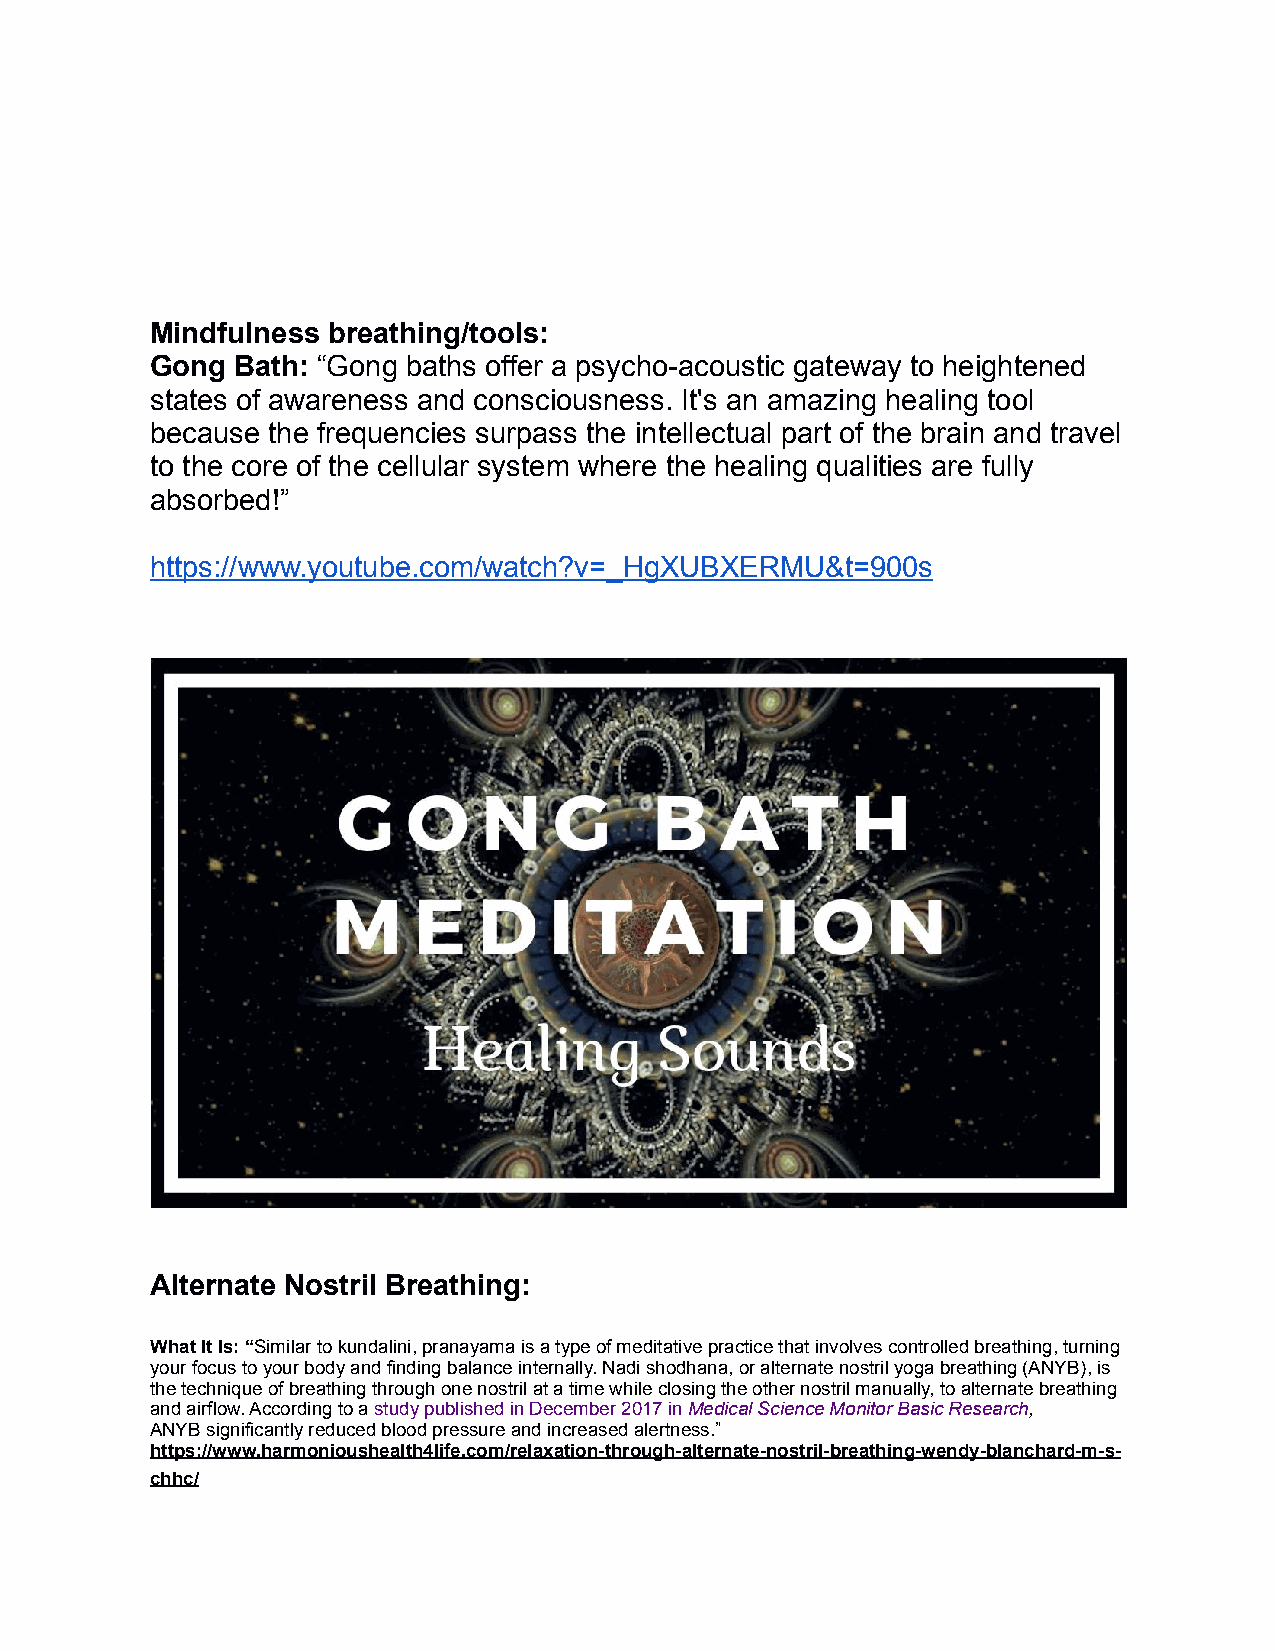
Mindfulness breathing/tools:
 Gong  Bath: “Gong baths offer a psycho-acoustic gateway to heightened
 states of awareness and consciousness. It's an amazing healing tool
 because the frequencies surpass the intellectual part of the brain and travel
 to the core of the cellular system where the healing qualities are fully
 absorbed!”
 https://www.youtube.com/watch?v=_HgXUBXERMU&t=900s
 Alternate Nostril Breathing:
 What It Is: “Similar to kundalini, pranayama is a type of meditative practice that involves controlled breathing, turning
 your focus to your body and finding balance internally. Nadi shodhana, or alternate nostril yoga breathing (ANYB), is
 the technique of breathing through one nostril at a time while closing the other nostril manually, to alternate breathing
 and airflow. According to a study published in December 2017 in Medical Science Monitor Basic Research,
 ANYB significantly reduced blood pressure and increased alertness.”
 https://www.harmonioushealth4life.com/relaxation-through-alternate-nostril-breathing-wendy-blanchard-m-s-
 chhc/